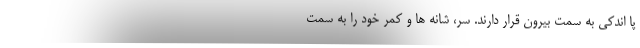
پا اندکی به سمت بیرون قرار دارند. سر، شانه ها و کمر خود را به سمت